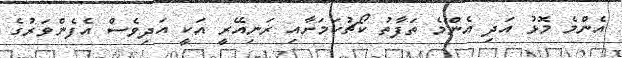
އެންމެ މޮޅު އަދި އެންމެ ތަފާތު ކޯޗުކަމަށާއި ރަނިއޭރީ އަކީ އަދިވެސް އެފެންވަރުގެ